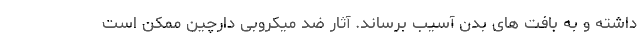
داشته و به بافت های بدن آسیب برساند. آثار ضد میکروبی دارچین ممکن است